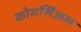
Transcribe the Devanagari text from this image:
कोमर्सिअल